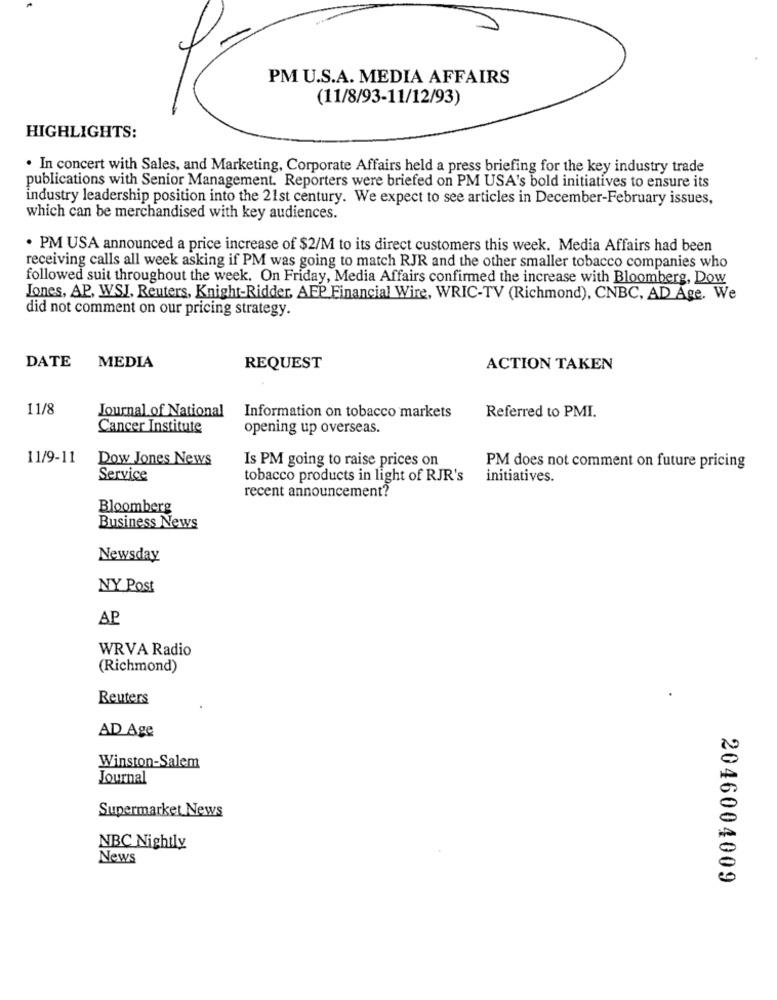
PM U.S.A. MEDIA AFFAIRS
(11/8/93-11/12/93)
HIGHLIGHTS:
. In concert with Sales, and Marketing, Corporate Affairs held a press briefing for the key industry trade
publications with Senior Management. Reporters were briefed on PM USA's bold initiatives to ensure its
industry leadership position into the 21st century. We expect to see articles in December-February issues,
which can be merchandised with key audiences.
· PM USA announced a price increase of $2/M to its direct customers this week. Media Affairs had been
receiving calls all week asking if PM was going to match RJR and the other smaller tobacco companies who
followed suit throughout the week. On Friday, Media Affairs confirmed the increase with Bloomberg, Dow
Jones, AP, WSJ, Reuters, Knight-Ridder, AFP Financial Wire, WRIC-TV (Richmond), CNBC, AD Age. We
did not comment on our pricing strategy.
DATE
MEDIA
REQUEST
ACTION TAKEN
11/8
Journal of National
Information on tobacco markets
Referred to PMI.
Cancer Institute
opening up overseas.
11/9-11
Dow Jones News
Is PM going to raise prices on
PM does not comment on future pricing
Service
tobacco products in light of RJR's
initiatives.
recent announcement?
Bloomberg
Business News
Newsday
NY Post
AP
WRVA Radio
(Richmond)
Reuters
AD Age
Winston-Salem
Journal
Supermarket News
NBC Nightly
News
2046004009